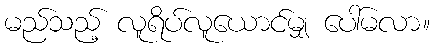
မည်သည့် လူရိပ်လူယောင်မျှ ပေါ်မလာ။